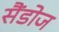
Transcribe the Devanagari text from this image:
सैंडोज